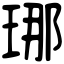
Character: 𤥶